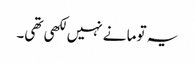
یہ توما نے نہیں لکھی تھی۔